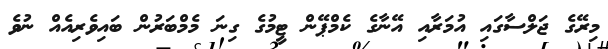
މިރޭގެ ޖަލްސާގައި އުމަރާއި އޭނާގެ ކެމްޕޭން ޓީމުގެ ގިނަ މެމްބަރުން ބައިވެރިއެއް ނުވެ